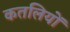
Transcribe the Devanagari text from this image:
कतलियों